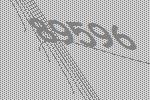
89596